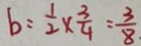
b = \frac { 1 } { 2 } \times \frac { 3 } { 4 } = \frac { 3 } { 8 }